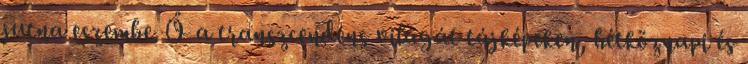
jutna eszembe. Ő a transzcendens világát tájképeken, hétköznapi és